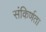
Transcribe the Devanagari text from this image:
संकिर्णता